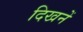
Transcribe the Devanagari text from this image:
दिखनें